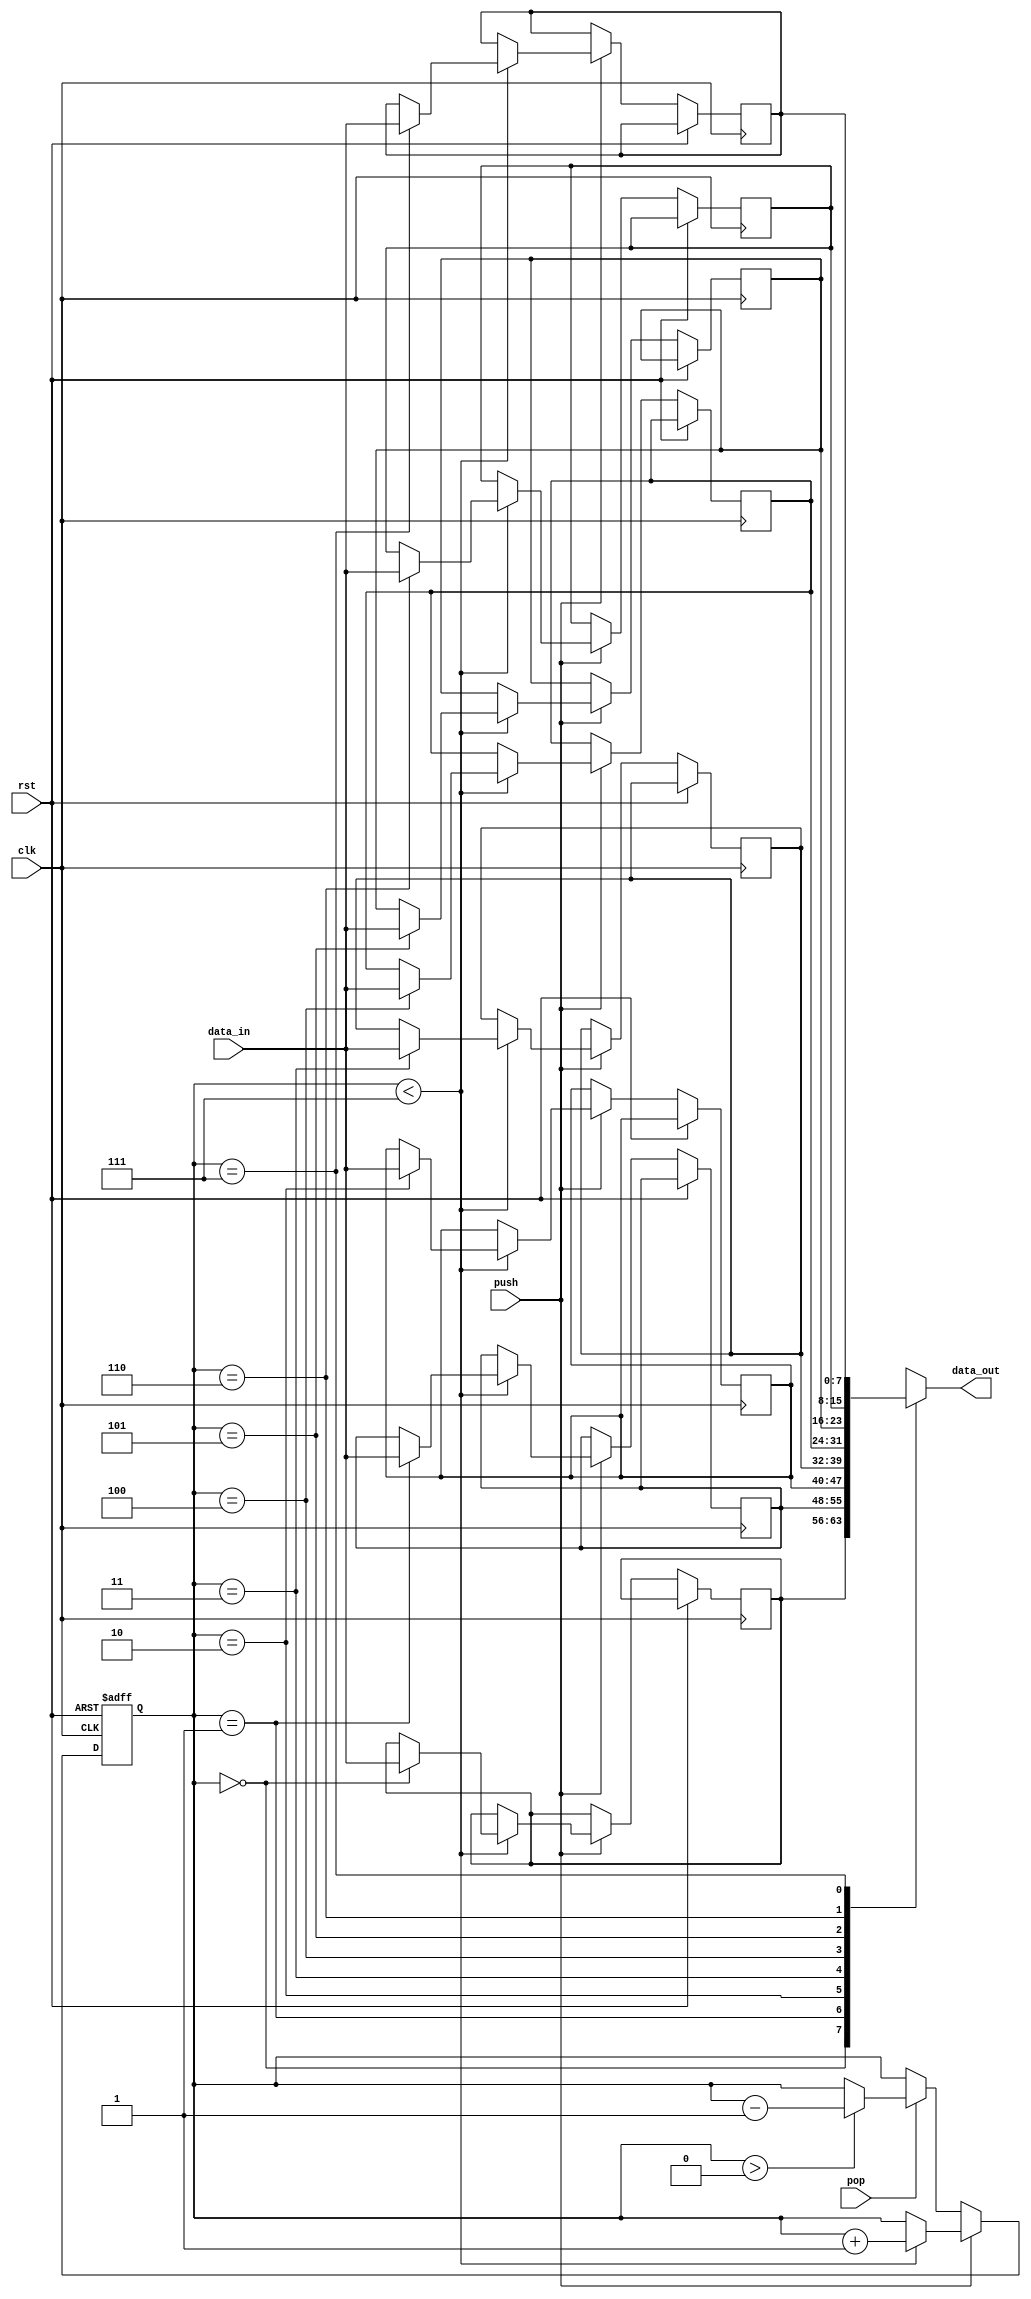
module lifo(
    input wire clk,
    input wire rst,
    input wire push,
    input wire pop,
    input wire [7:0] data_in,
    output reg [7:0] data_out
);

reg [7:0] stack [0:7];
reg [2:0] top;

always @(posedge clk or posedge rst) begin
    if(rst) begin
        top <= 3'b000;
    end else begin
        if(push) begin
            if(top < 7) begin
                stack[top] <= data_in;
                top <= top + 1;
            end
        end else if(pop) begin
            if(top > 0) begin
                top <= top - 1;
            end
        end
    end
end

assign data_out = stack[top];

endmodule